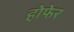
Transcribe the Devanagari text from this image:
होफेर